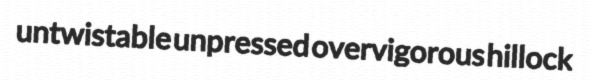
untwistable unpressed overvigorous hillock